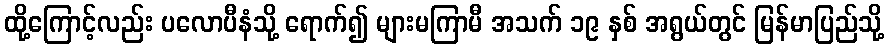
ထို့ကြောင့်လည်း ပလောပီနံသို့ ရောက်၍ များမကြာမီ အသက် ၁၉ နှစ် အရွယ်တွင် မြန်မာပြည်သို့